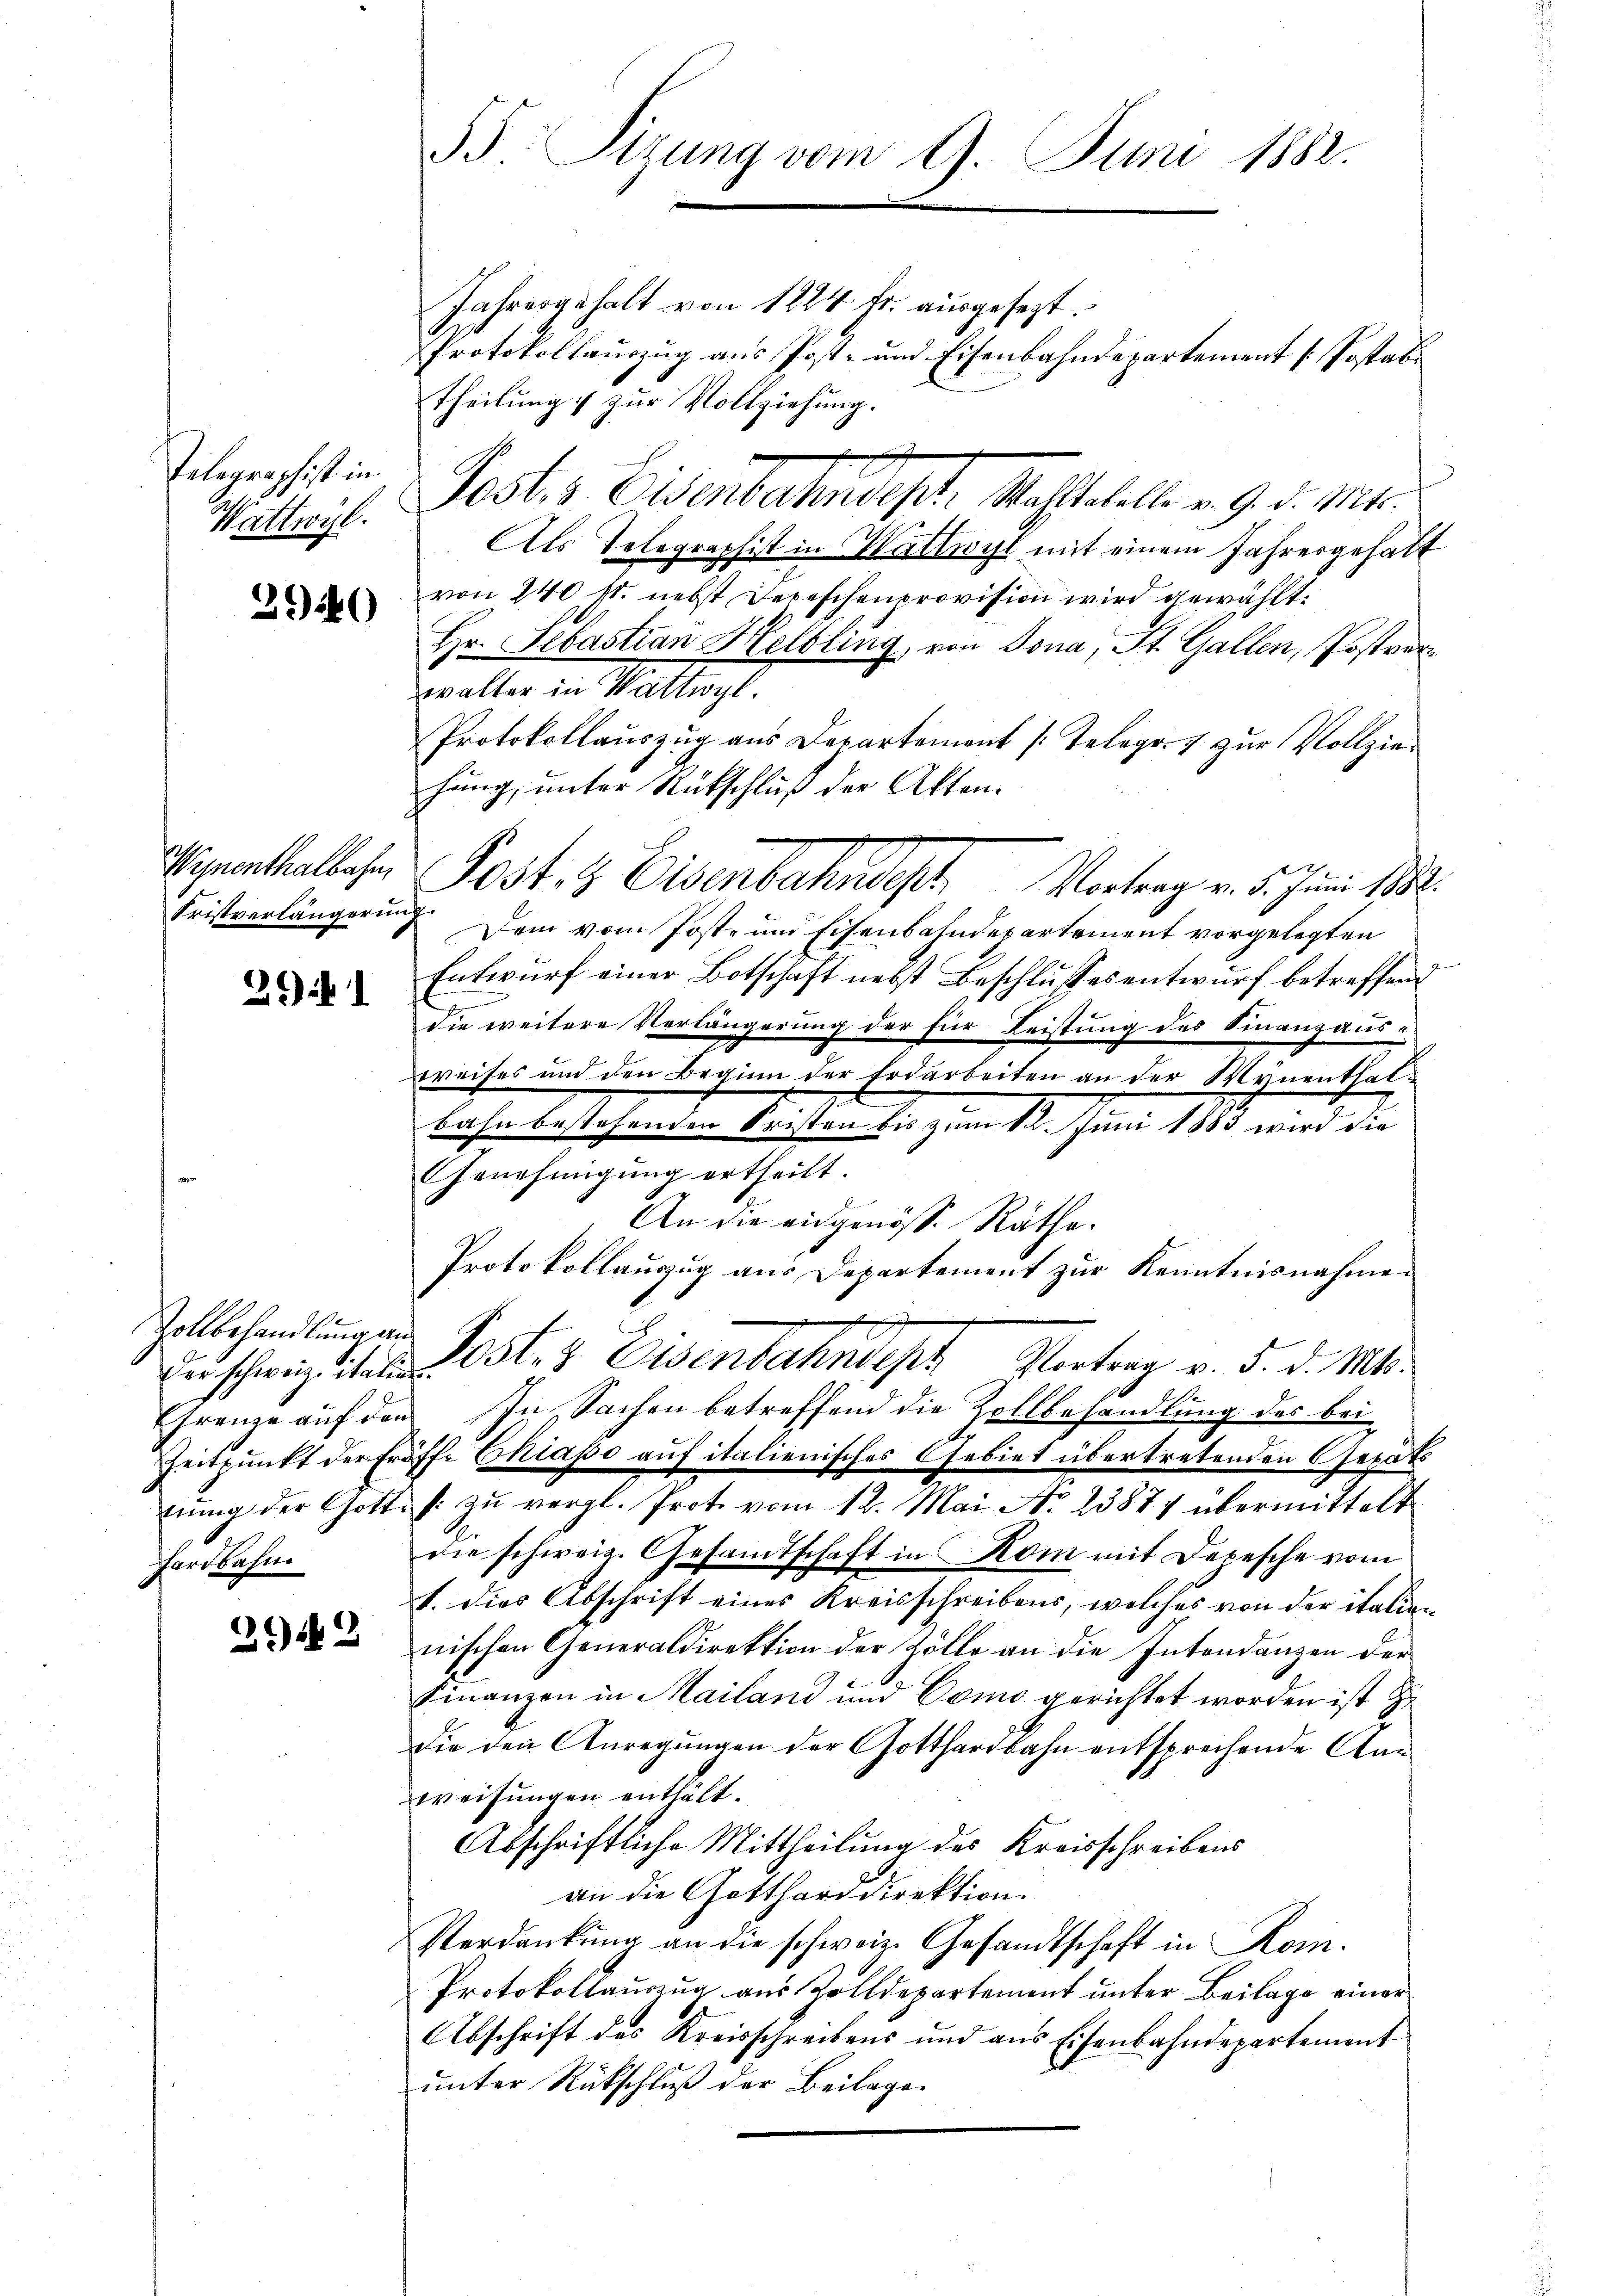
Telegraphist in
Wattwyl.

3940

Wejnenthalbahn
Fristverlängerung.

29 1

Zollbehandlung an
hardbahn

2942

5: Sizung vom 9. Juni 1882.

E

Jahresgehalt von 1824. Fr. ausgesezt.
Protokollauszug aus Post- und Eisenbahndepartement / Postab
Theilung & zur Vollziehung.
Josts Eisentalendes Statthalt u. 9. d. Mts.
Als Telegraphist in Wattwyl mit einem Jahresgehalt
von 240 st. nebst Depeschenprovision wird gewählt.
Hr. Sebastian Helbling, von Jona, St. Gallen, Postverwalter in Wattwyl.
Protokollauszug aus Departemont /: Telegr. 7 zur Vollziehung, unter Rückschluß der Akten.
Dem vom Post- und Eisenbahndepartement vorgelegten
Entwurf einer Botschaft nebst Beschlusses entwurf betreffend
u
die weitere Verlängerung der für Leistung des Finanzausweises und den Beginn der Erdarbeiten an der Wynenthalbahn bestehenden Fristen bis zum 12. Juni 1883 wird die
Genehmigŭng ertheilt.
An die eidgenöss. Räthe.
Protokollauszug aus Departement zur Kenntnisnahme.
erschweizites Kosten Eisenbahndept Vertrag v. d. d. Mts.
Ehrenze auf den In Sachen betreffend die Zollbehandlung des bei
Zeitpunkt der Eröffe Chiasso auf italienisches Gebiet übertretenden Geräts
nung der Gottes zu vergl. Prot. vom 12. Mai No 23884 übermittelt
die schweiz. Gesamtschaft in Rom mit Depesche vom
1. dies Abschrift eines Kreisschreibens, welches von der italien
nischen Generaldirektion der Zölle an die Intendanzen der
Finanzen in Mailand und Como gerichtet worden ist zu
die den Anregungen der Gotthardbahn entsprechende Kanweisungen enthält.
Abschriftliche Mittheilung des Kreisschreibens
an die Gotthard direktion.
Verdankŭng an die schweiz. Gesandtschaft in Koin.
Protokollauszug aus Zolldepartement unter Beilage einer
Abschrift des Kreisschreibens und aus Eisenbahndepartement
unter Rückschluß der Beilage

Post. H. Eisenbahndet. Vortrag v. d. Juni 1